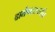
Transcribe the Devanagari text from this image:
दातेगडापर्यंत